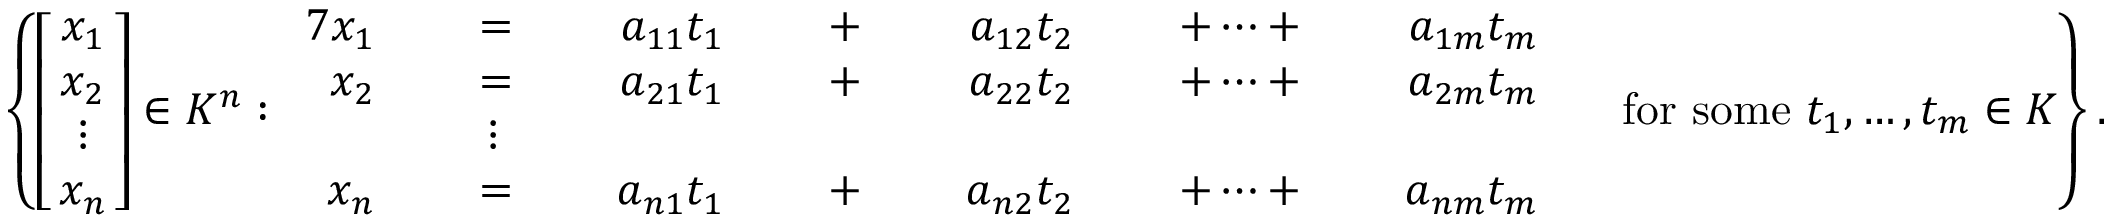
\left\{ \left[ \! \! { \begin{array} { c } { x _ { 1 } } \\ { x _ { 2 } } \\ { \vdots } \\ { x _ { n } } \end{array} } \! \! \right] \in K ^ { n } : { \begin{array} { r l r l r l r l r l r l r l } { { 7 } x _ { 1 } } & { } & { \; = \; } & { } & { a _ { 1 1 } t _ { 1 } } & { } & { \; + \; } & { } & { a _ { 1 2 } t _ { 2 } } & { } & { \; + \cdots + \; } & { } & { a _ { 1 m } t _ { m } } & { } \\ { x _ { 2 } } & { } & { \; = \; } & { } & { a _ { 2 1 } t _ { 1 } } & { } & { \; + \; } & { } & { a _ { 2 2 } t _ { 2 } } & { } & { \; + \cdots + \; } & { } & { a _ { 2 m } t _ { m } } & { } \\ & { } & { \vdots \; \; } & { } & & { } & & { } & & { } & & { } & & { } \\ { x _ { n } } & { } & { \; = \; } & { } & { a _ { n 1 } t _ { 1 } } & { } & { \; + \; } & { } & { a _ { n 2 } t _ { 2 } } & { } & { \; + \cdots + \; } & { } & { a _ { n m } t _ { m } } & { } \end{array} } { \mathrm { ~ f o r ~ s o m e ~ } } t _ { 1 } , \ldots , t _ { m } \in K \right\} .